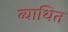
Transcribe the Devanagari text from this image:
व्याथित